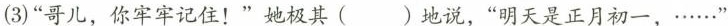
(3)”哥儿，你牢牢记住！”她极其( )地说，”明天是正月初一，……”